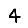
Digit: 4